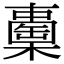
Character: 𣞈